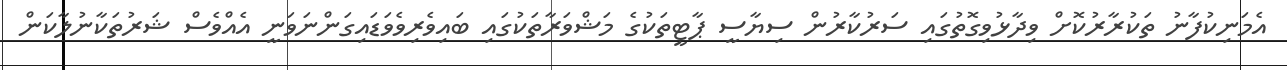
އެމަނިކުފާނު ތަކުރާރުކޮށް ވިދާޅުވިގޮތުގައި ސަރުކާރުން ސިޔާސީ ޕާޓީތަކުގެ މަޝްވަރާތަކުގައި ބައިވެރިވެވަޑައިގަންނަވަނީ އެއްވެސް ޝަރުތަކާނުލާކަން